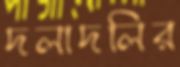
দলাদলির